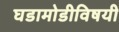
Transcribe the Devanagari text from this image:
घडामोडीविषयी